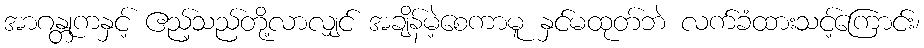
အာဂန္တုကနှင့် ဧည့်သည်တို့လာလျှင် အချိန်မဲ့စေကာမူ နှင်မထုတ်ဘဲ လက်ခံထားသင့်ကြောင်း၊